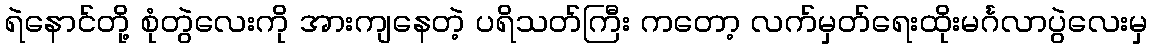
ရဲနောင်တို့ စုံတွဲလေးကို အားကျနေတဲ့ ပရိသတ်ကြီး ကတော့ လက်မှတ်ရေးထိုးမင်္ဂလာပွဲလေးမှ